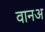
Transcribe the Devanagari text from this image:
वानअ